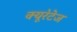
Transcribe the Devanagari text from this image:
क्यूरेटेज